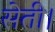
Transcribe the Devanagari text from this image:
सेती।